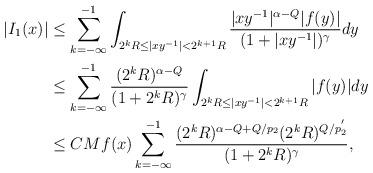
LaTeX: \begin{align*}|I_{1}(x)|&\leq\sum_{k=-\infty}^{-1}\int_{2^{k}R\leq |xy^{-1}|<2^{k+1}R}\frac{|xy^{-1}|^{\alpha-Q}|f(y)|}{(1+|xy^{-1}|)^{\gamma}}dy\\&\leq \sum_{k=-\infty}^{-1}\frac{(2^{k}R)^{\alpha-Q}}{(1+2^{k}R)^{\gamma}}\int_{2^{k}R\leq |xy^{-1}|<2^{k+1}R}|f(y)|dy\\&\leq CMf(x)\sum_{k=-\infty}^{-1}\frac{(2^{k}R)^{\alpha-Q+Q/p_{2}}(2^{k}R)^{Q/p_{2}^{'}}}{(1+2^{k}R)^{\gamma}},\end{align*}